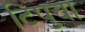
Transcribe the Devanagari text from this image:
टिपुचा